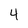
Character: 4